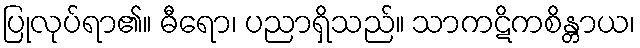
ပြုလုပ်ရာ၏။ ဓီရော၊ ပညာရှိသည်။ သာကဋိကစိန္တာယ၊